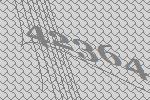
42364